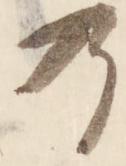
乃